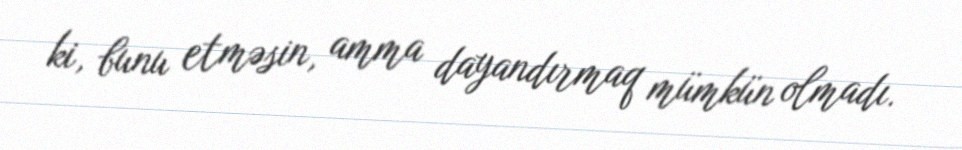
ki, bunu etməsin, amma dayandırmaq mümkün olmadı.